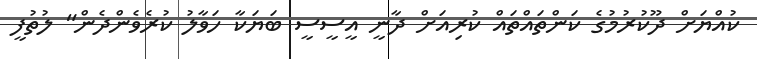
ކުއްޔަށް ދޫކުރުމުގެ ކަންތައްތައް ކުރިއަށް ދާނީ އީސީސީ ބަޔަކާ ހަވާލު ކުރެވެންދެން" ލުތުފީ